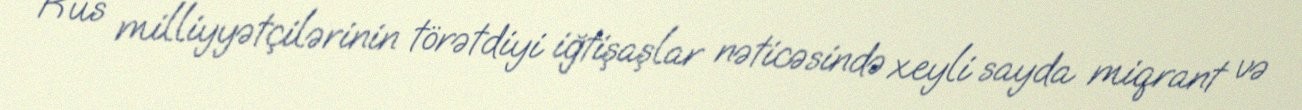
Rus milliyyətçilərinin törətdiyi iğtişaşlar nəticəsində xeyli sayda miqrant və